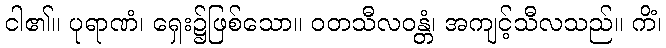
ငါ၏။ ပုရာဏံ၊ ရှေး၌ဖြစ်သော။ ဝတသီလဝန္တံ၊ အကျင့်သီလသည်။ ကိံ၊